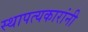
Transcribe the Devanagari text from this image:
स्थापत्यकारांनी